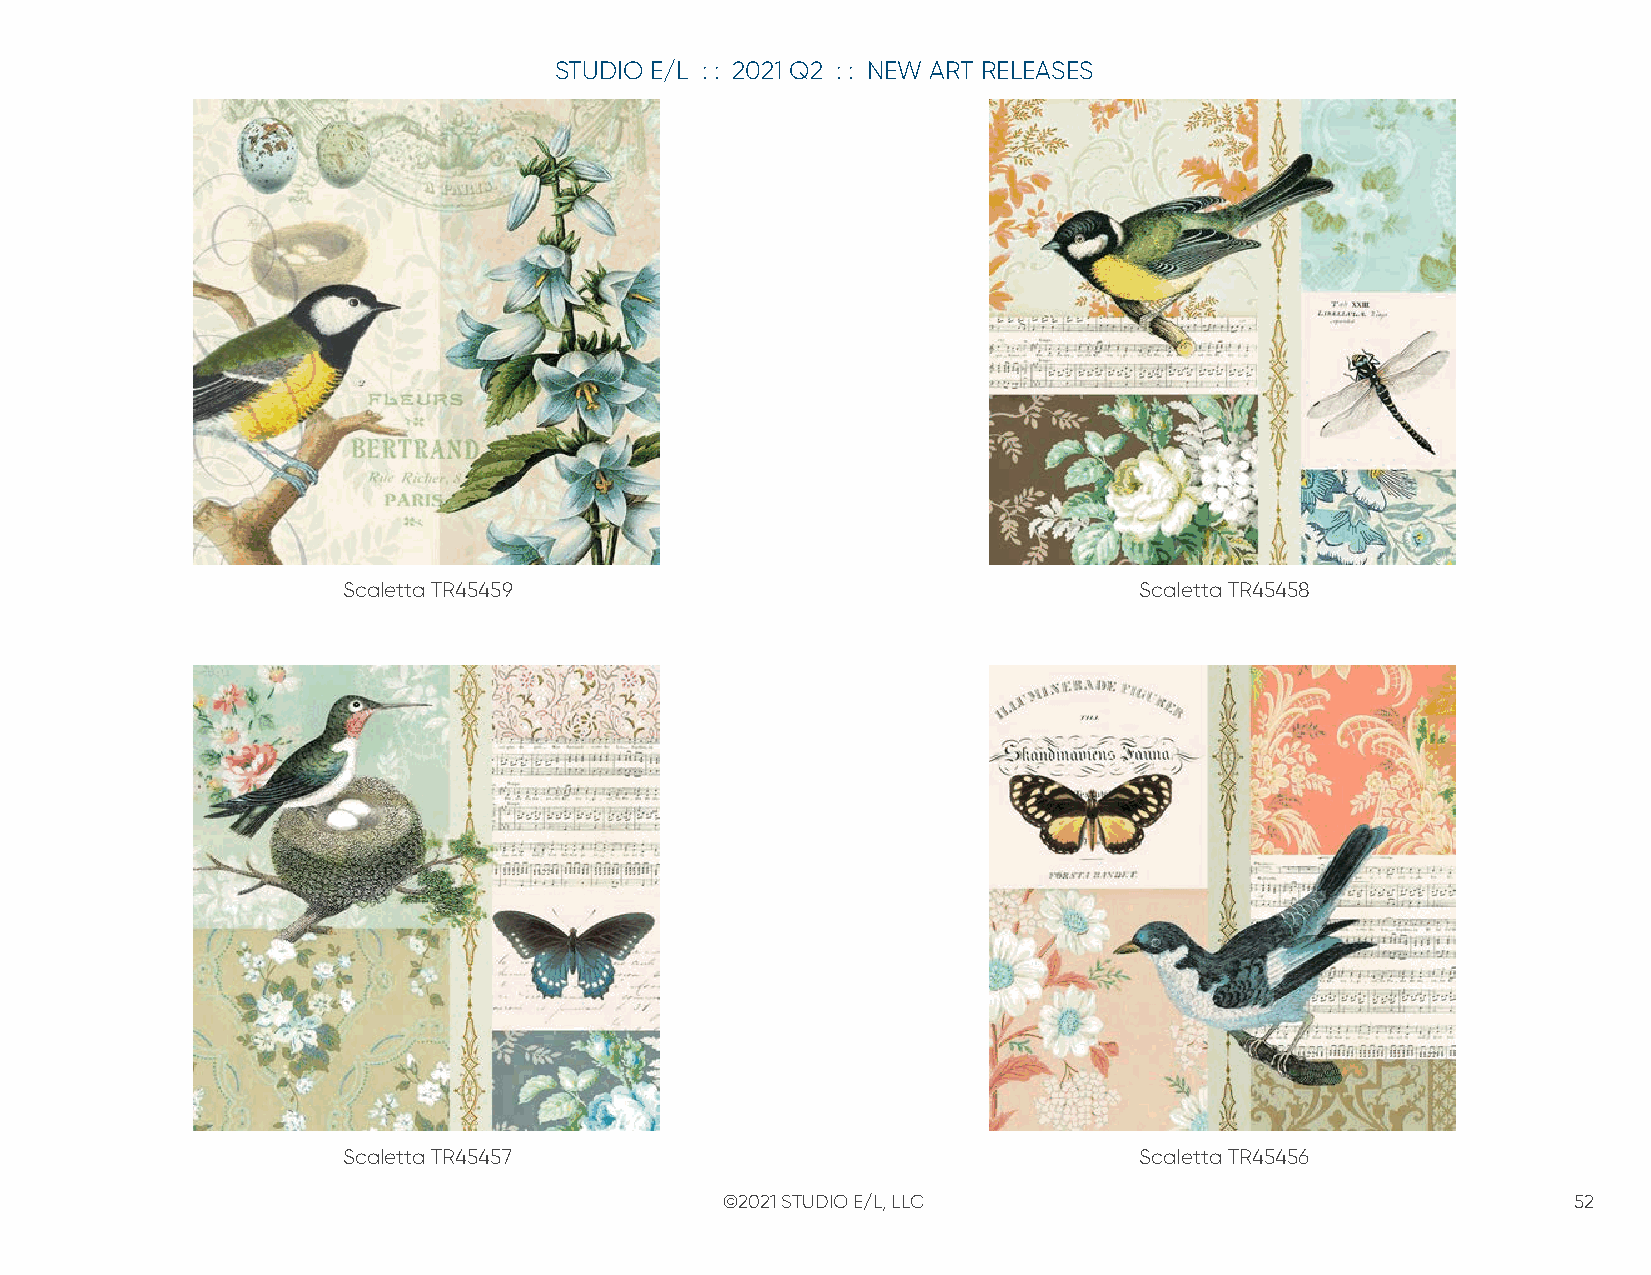
STUDIO E/L : : 2021 Q2 : : NEW ART RELEASES
 Scaletta TR45459                                    Scaletta TR45458
 Scaletta TR45457                                    Scaletta TR45456
 ©2021 STUDIO E/L, LLC                                   52